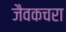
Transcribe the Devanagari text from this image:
जैवकचरा